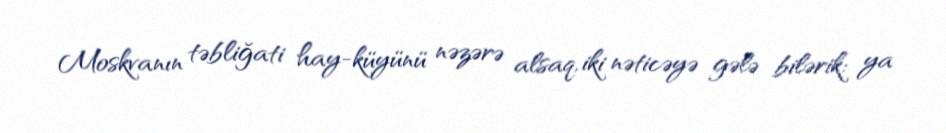
Moskvanın təbliğati hay-küyünü nəzərə alsaq, iki nəticəyə gələ bilərik: ya